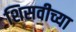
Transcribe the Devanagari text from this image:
शिसवीच्या